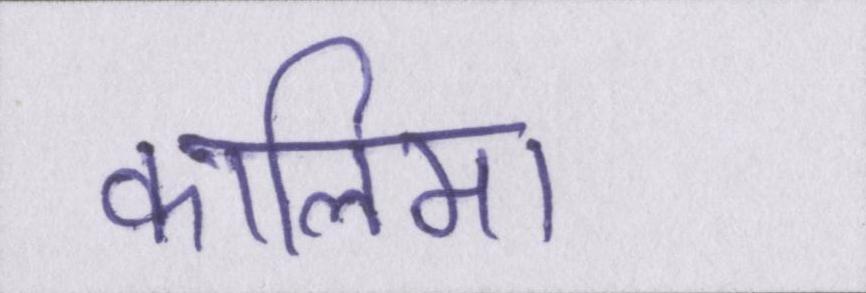
कालिमा